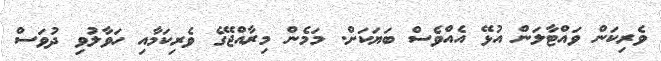
ވެރިކަން ވައްޓާލަން އުޅޭ އެއްވެސް ބަޔަަކަށް. މަމެން މިރާއްޖޭގެ ވެރިކަމާއި ހަވާލުވި ދުވަސް